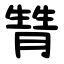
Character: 甧